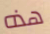
هذه